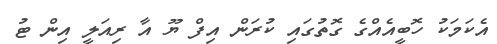
އެކަމަކު ހޮބީއެއްގެ ގޮތުގައި ކުރަން އިފް ޔޫ އާ ރިއަލީ އިން ޓު